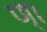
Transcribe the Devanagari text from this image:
ण्।